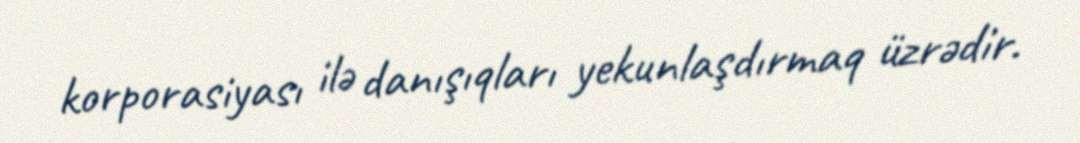
korporasiyası ilə danışıqları yekunlaşdırmaq üzrədir.